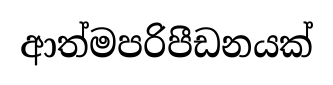
ආත්මපරිපීඩනයක්